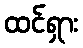
ထင်ရှား